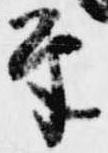
筆